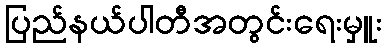
ပြည်နယ်ပါတီအတွင်းရေးမှူး